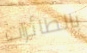
بالطائرات